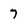
Character: 7